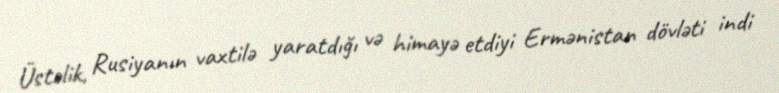
Üstəlik, Rusiyanın vaxtilə yaratdığı və himayə etdiyi Ermənistan dövləti indi